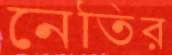
নেতির